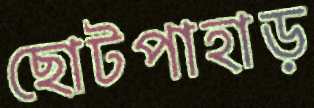
ছোটপাহাড়